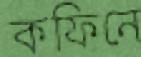
কফিনে